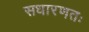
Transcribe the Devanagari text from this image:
सधारणतः